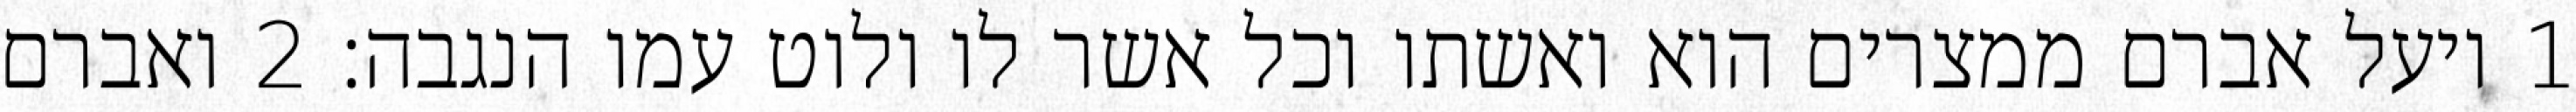
1 ויעל אברם ממצרים הוא ואשתו וכל אשר לו ולוט עמו הנגבה׃ ‎2‏ ואברם